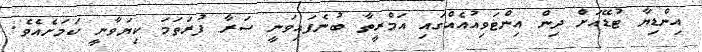
އިންޑިޔާ ޓުޑޭއަށް ދިން އިންޓަވިއުއެއްގައި އަމްރީތާ ބުނެފައިވަނީ ސަރާ ފުރަތަމަ ކިޔަވާނީ ކަމަށެއެވެ.